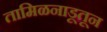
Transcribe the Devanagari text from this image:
तामिळनाडूतून